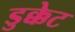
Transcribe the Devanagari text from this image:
डुक्केट